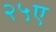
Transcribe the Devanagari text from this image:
२५ए